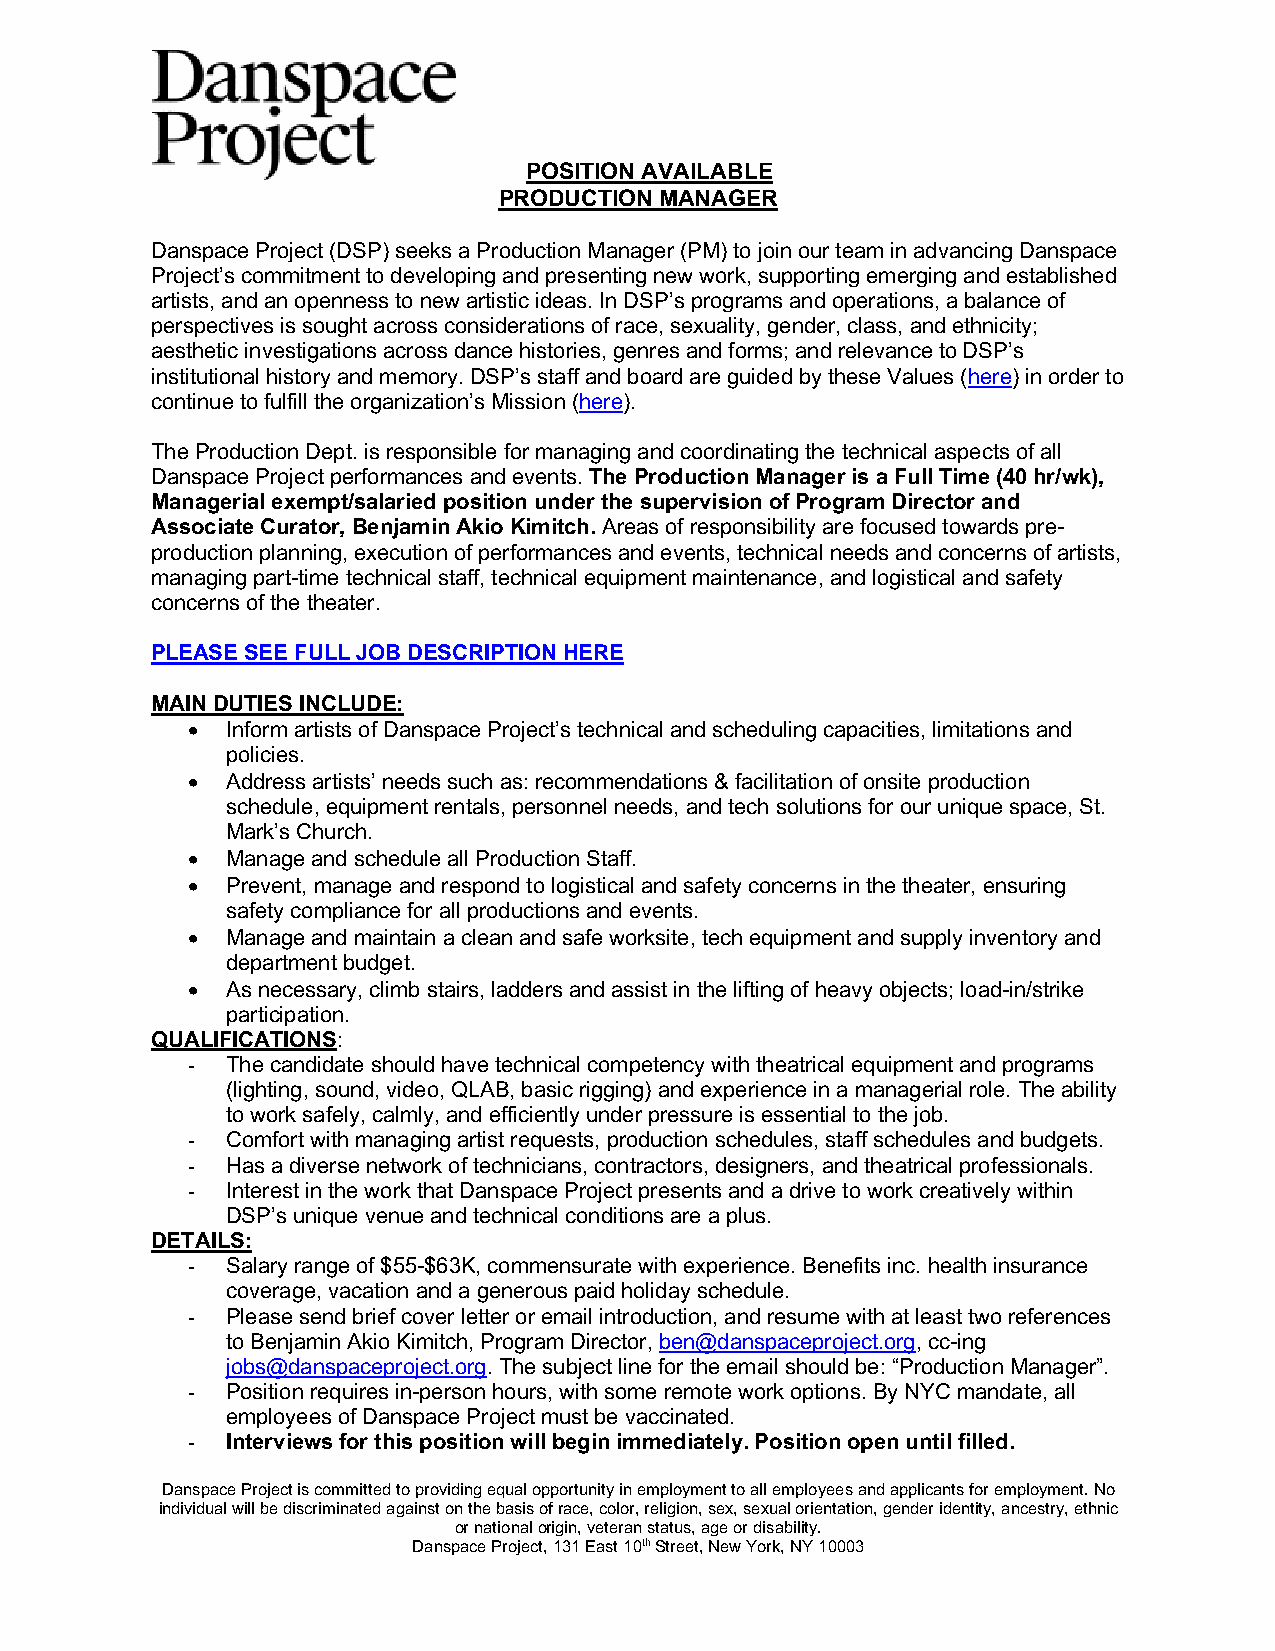
POSITION AVAILABLE
 PRODUCTION MANAGER
 Danspace Project (DSP) seeks a Production Manager (PM) to join our team in advancing Danspace
 Project’s commitment to developing and presenting new work, supporting emerging and established
 artists, and an openness to new artistic ideas. In DSP’s programs and operations, a balance of
 perspectives is sought across considerations of race, sexuality, gender, class, and ethnicity;
 aesthetic investigations across dance histories, genres and forms; and relevance to DSP’s
 institutional history and memory. DSP’s staff and board are guided by these Values (here) in order to
 continue to fulfill the organization’s Mission (here).
 The Production Dept. is responsible for managing and coordinating the technical aspects of all
 Danspace Project performances and events. The Production Manager is a Full Time (40 hr/wk),
 Managerial exempt/salaried position under the supervision of Program Director and
 Associate Curator, Benjamin Akio Kimitch. Areas of responsibility are focused towards pre-
 production planning, execution of performances and events, technical needs and concerns of artists,
 managing part-time technical staff, technical equipment maintenance, and logistical and safety
 concerns of the theater.
 PLEASE SEE FULL JOB DESCRIPTION HERE
 MAIN DUTIES INCLUDE:
 •  Inform artists of Danspace Project’s technical and scheduling capacities, limitations and
 policies.
 •  Address artists’ needs such as: recommendations & facilitation of onsite production
 schedule, equipment rentals, personnel needs, and tech solutions for our unique space, St.
 Mark’s Church.
 •  Manage and schedule all Production Staff.
 •  Prevent, manage and respond to logistical and safety concerns in the theater, ensuring
 safety compliance for all productions and events.
 •  Manage and maintain a clean and safe worksite, tech equipment and supply inventory and
 department budget.
 •  As necessary, climb stairs, ladders and assist in the lifting of heavy objects; load-in/strike
 participation.
 QUALIFICATIONS:
 -  The candidate should have technical competency with theatrical equipment and programs
 (lighting, sound, video, QLAB, basic rigging) and experience in a managerial role. The ability
 to work safely, calmly, and efficiently under pressure is essential to the job.
 -  Comfort with managing artist requests, production schedules, staff schedules and budgets.
 -  Has a diverse network of technicians, contractors, designers, and theatrical professionals.
 -  Interest in the work that Danspace Project presents and a drive to work creatively within
 DSP’s unique venue and technical conditions are a plus.
 DETAILS:
 -  Salary range of $55-$63K, commensurate with experience. Benefits inc. health insurance
 coverage, vacation and a generous paid holiday schedule.
 -  Please send brief cover letter or email introduction, and resume with at least two references
 to Benjamin Akio Kimitch, Program Director, ben@danspaceproject.org, cc-ing
 jobs@danspaceproject.org. The subject line for the email should be: “Production Manager”.
 -  Position requires in-person hours, with some remote work options. By NYC mandate, all
 employees of Danspace Project must be vaccinated.
 -  Interviews for this position will begin immediately. Position open until filled.
 Danspace Project is committed to providing equal opportunity in employment to all employees and applicants for employment. No
 individual will be discriminated against on the basis of race, color, religion, sex, sexual orientation, gender identity, ancestry, ethnic
 or national origin, veteran status, age or disability.
 Danspace Project, 131 East 10th Street, New York, NY 10003